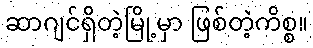
ဆာဂျင်ရှိတဲ့မြို့မှာ ဖြစ်တဲ့ကိစ္စ။